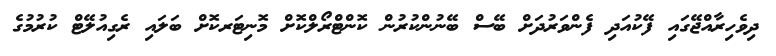
ދިވެހިރާއްޖޭގައި ފޭކުއަދި ފެންވަރުދަށް ބޭސް ބޭނުންކުރުން ކޮންޓްރޯލްކޮށް މޮނިޓަރކޮށް ބަލައި ރެގިއުލޭޓް ކުރުމުގެ